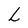
Character: L